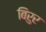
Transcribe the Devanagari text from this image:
बिरुर